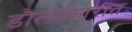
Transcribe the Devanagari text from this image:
डौलाकारात